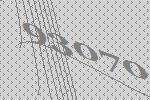
93070